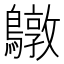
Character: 鷻